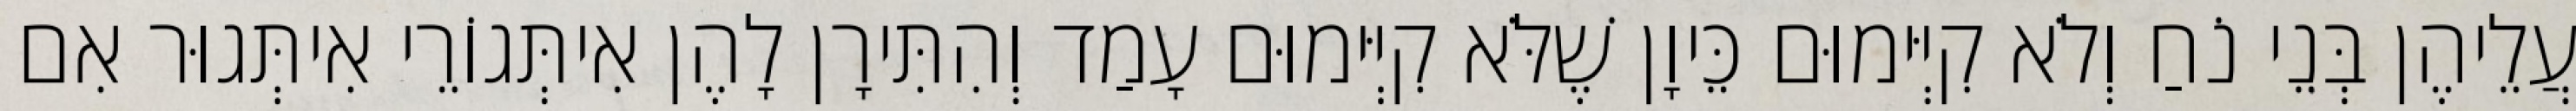
עֲלֵיהֶן בְּנֵי נֹחַ וְלֹא קִיְּימוּם כֵּיוָן שֶׁלֹּא קִיְּימוּם עָמַד וְהִתִּירָן לָהֶן אִיתְּגוֹרֵי אִיתְּגוּר אִם